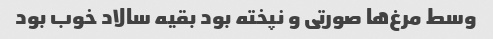
وسط مرغ‌ها صورتی و نپخته بود بقیه سالاد خوب بود